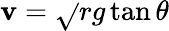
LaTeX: \mathbf{v}={\sqrt{}{{rg\tan\theta}}}